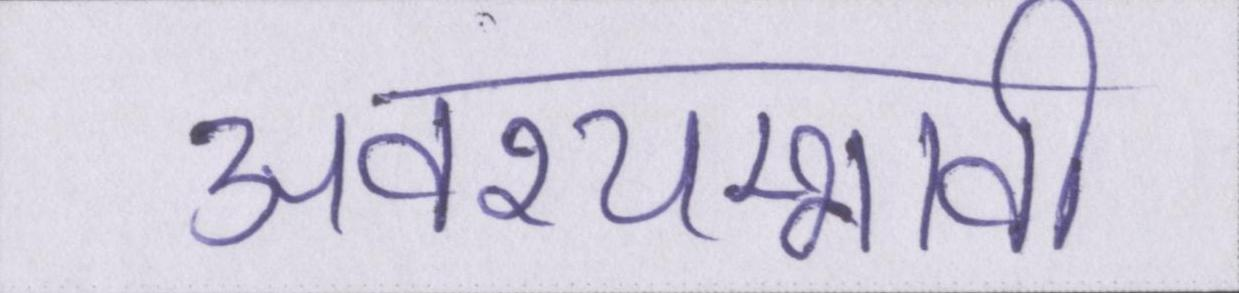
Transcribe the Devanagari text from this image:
अवश्यम्भावी